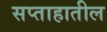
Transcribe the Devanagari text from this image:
सप्ताहातील